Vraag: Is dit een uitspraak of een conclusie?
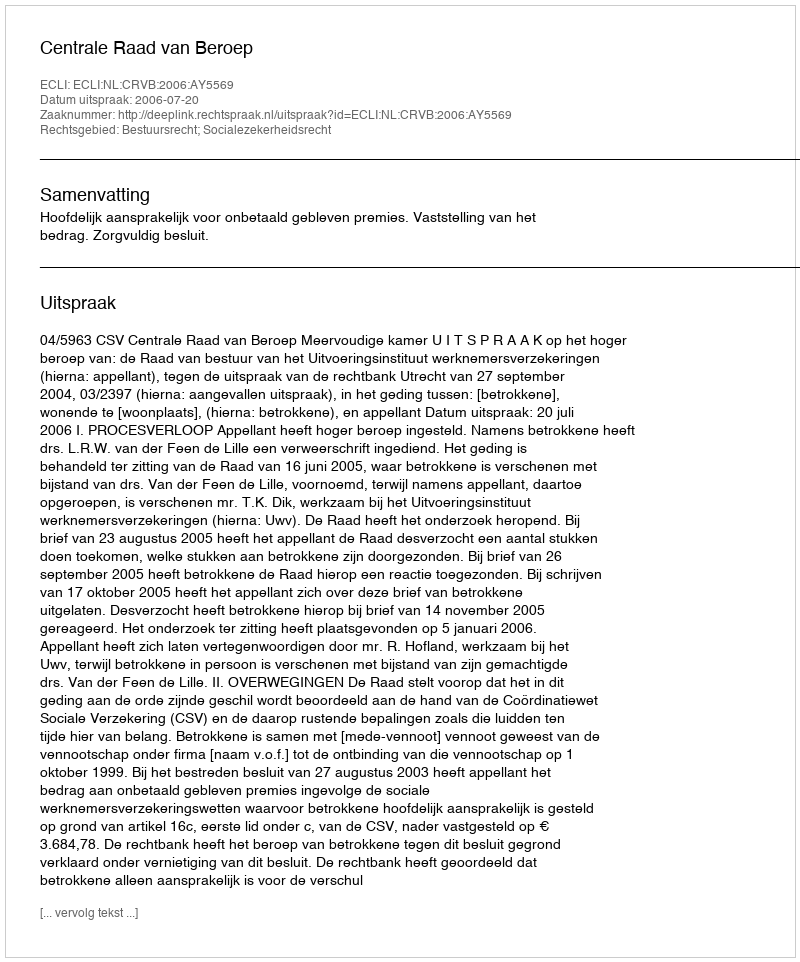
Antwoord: Uitspraak